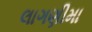
લાગણીમા